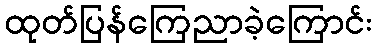
ထုတ်ပြန်ကြေညာခဲ့ကြောင်း